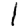
Digit: 1